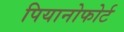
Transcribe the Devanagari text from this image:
पियानोफोर्ट